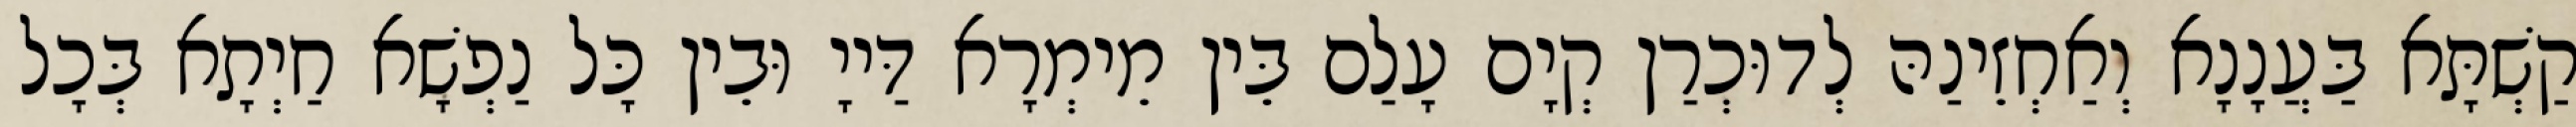
קַשְׁתָּא בַּעֲנָנָא וְאַחְזֵינַהּ לְדוּכְרַן קְיָם עָלַם בֵּין מֵימְרָא דַּייָ וּבֵין כָּל נַפְשָׁא חַיְתָא בְּכָל